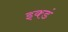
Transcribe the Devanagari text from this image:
इक्डं